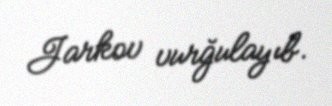
Jarkov vurğulayıb.